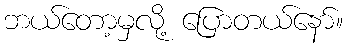
ဘယ်တော့မှလို့ ပြောတယ်နော်။